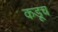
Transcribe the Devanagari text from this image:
कडूच